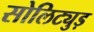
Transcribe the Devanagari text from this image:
सोलिट्युड़